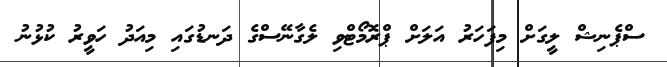
ސްޕެނިޝް ލީގަށް މިފަހަރު އަލަށް ޕްރޮމޯޓްވި ލެގާނޭސްގެ ދަނޑުގައި މިއަދު ހަވީރު ކުޅުނު